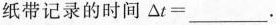
纸带记录的时间$$\bigtriangleup _ { t } = _ _ _ $$